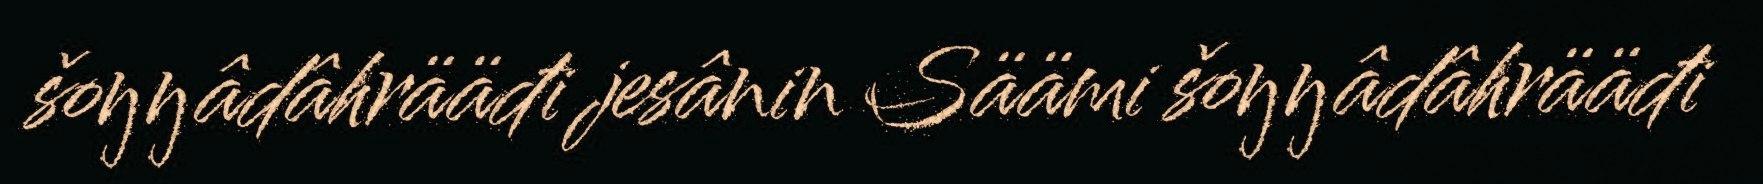
šoŋŋâdâhrääđi jesânin Säämi šoŋŋâdâhrääđi